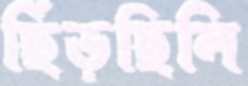
ছিঁড়ছিলি